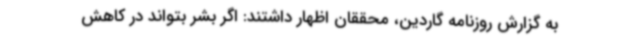
به گزارش روزنامه گاردین، محققان اظهار داشتند: اگر بشر بتواند در کاهش